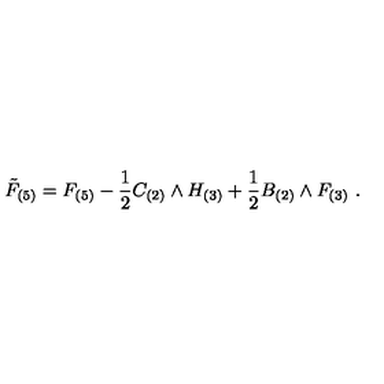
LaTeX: { \tilde { F } } _ { ( 5 ) } = F _ { ( 5 ) } - { \frac { 1 } { 2 } } C _ { ( 2 ) } \wedge H _ { ( 3 ) } + { \frac { 1 } { 2 } } B _ { ( 2 ) } \wedge F _ { ( 3 ) } \ .